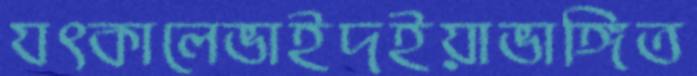
যৎকালেভাইদইয়াভাঙ্গিত